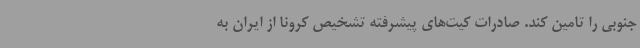
جنوبی را تامین کند. صادرات کیت‌های پیشرفته تشخیص کرونا از ایران به